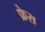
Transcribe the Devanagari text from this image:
फ्रेस